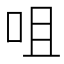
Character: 咀